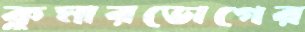
কুমারভোগের